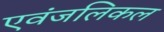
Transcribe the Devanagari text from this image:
एवंजलिकल